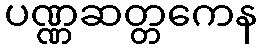
ပဏ္ဏဆတ္တကေန